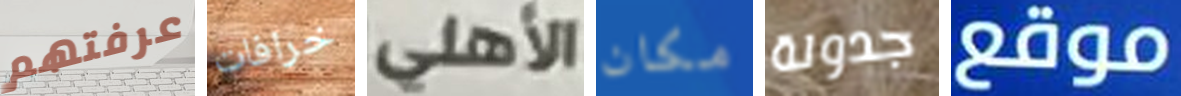
عرفتهم خرافات الأهلي مكان جدولة موقع